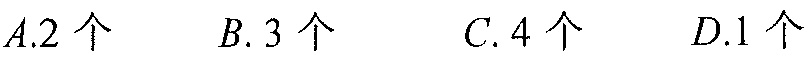
\(A.2\text{ 个}\quad B.3\text{ 个}\quad C.4\text{ 个}\quad D.1\text{ 个}\)